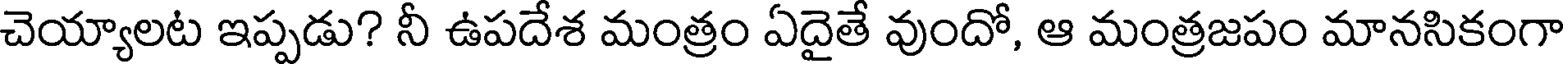
చెయ్యాలట ఇప్పడు? నీ ఉపదేశ మంత్రం ఏదైతే వుందో, ఆ మంత్రజపం మానసికంగా